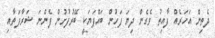
ދެތިން އަހަރެއް ފާއިތު ވެގެން ދިޔަ ފަހުން ބައްޕަޔަކީ ބޭރުފުށުން ފެންނަ ޝަރާފަތާއި